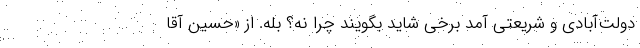
دولت‌آبادی و شریعتی آمد برخی شاید بگویند چرا نه؟ بله. از «حسین آقا